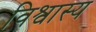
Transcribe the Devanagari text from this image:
विश्वास्य